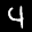
Label: 4